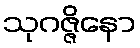
သုဂဇ္ဇိနော